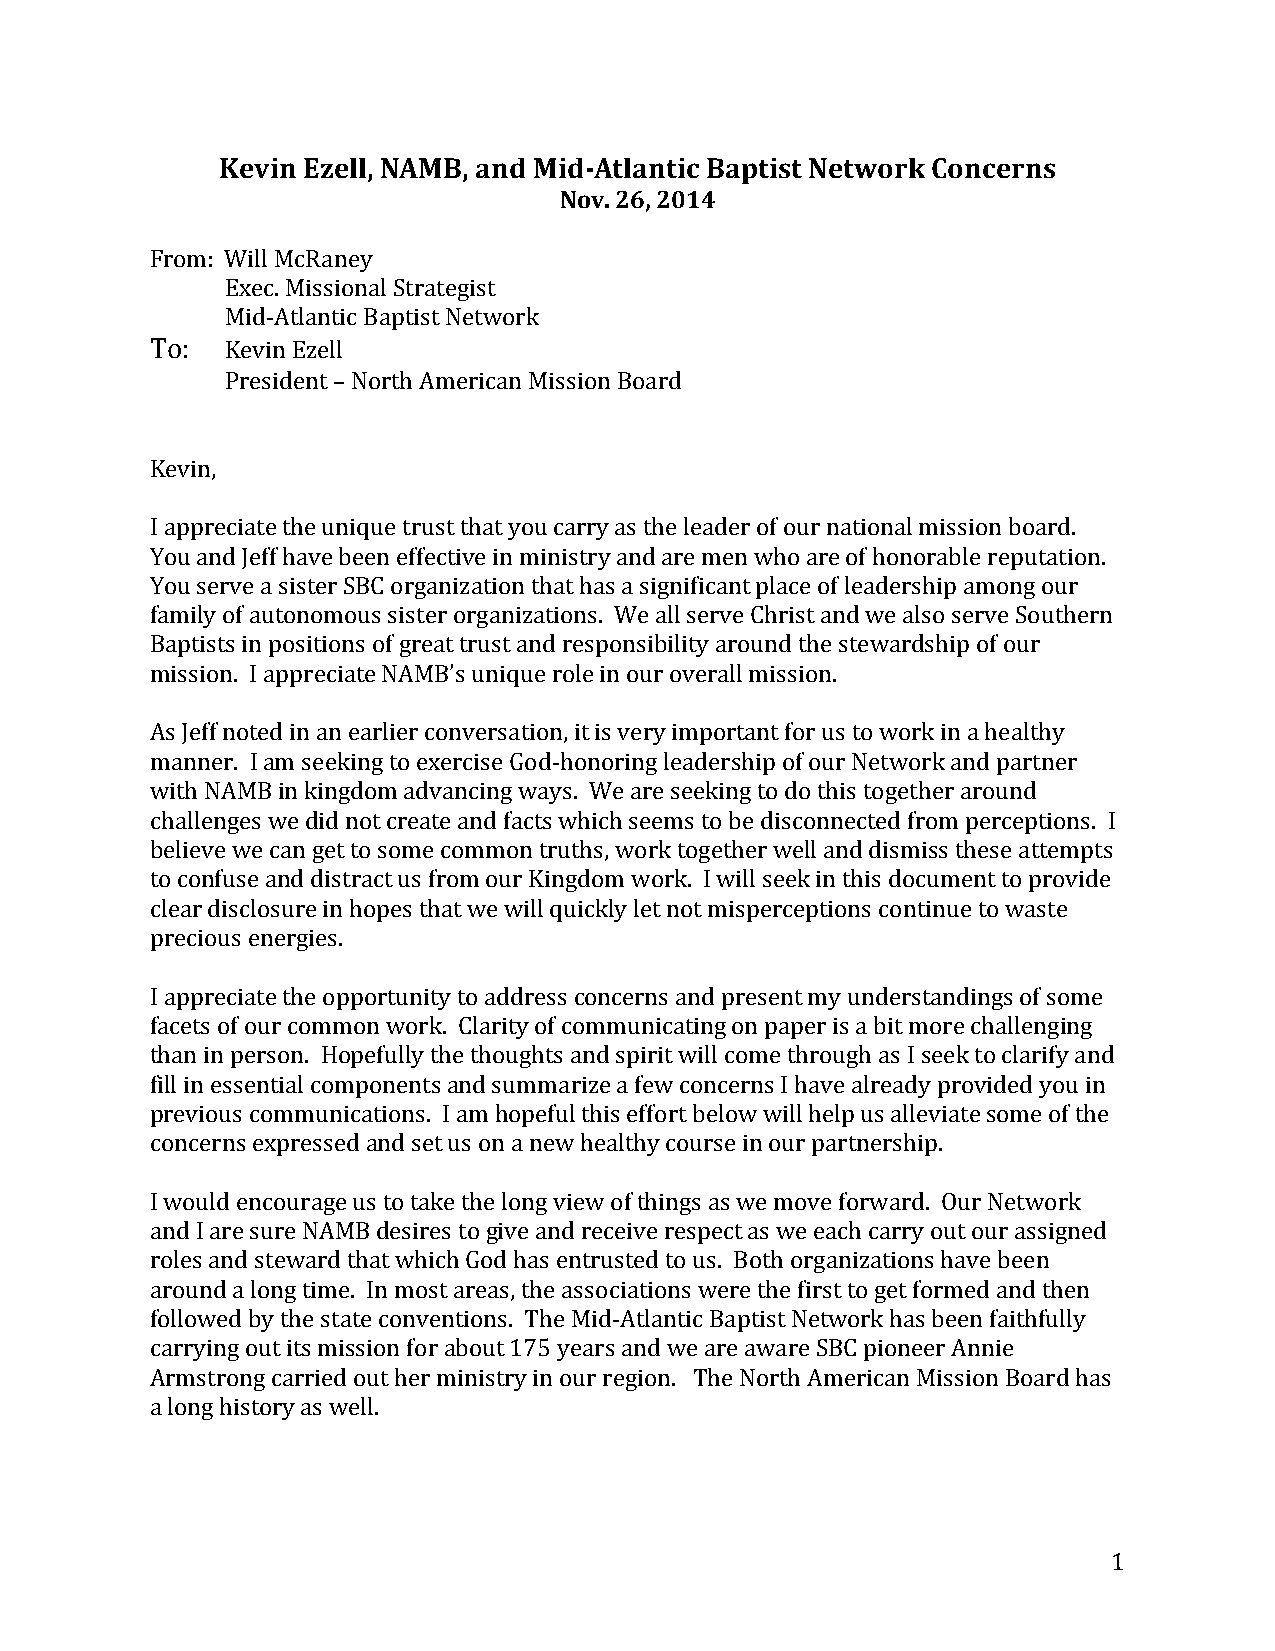
Kevin Ezell, NAMB, and Mid-­‐Atlantic Baptist Network Concerns
 Nov. 26, 2014
 From: Will McRaney
 Exec. Missional Strategist
 Mid-­‐Atlantic Baptist Network
 To:  Kevin Ezell
 President – North American Mission Board
 Kevin,
 I appreciate the unique trust that you carry as the leader of our national mission board.
 You and Jeff have been effective in ministry and are men who are of honorable reputation.
 You serve a sister SBC organization that has a significant place of leadership among our
 family of autonomous sister organizations. We all serve Christ and we also serve Southern
 Baptists in positions of great trust and responsibility around the stewardship of our
 mission. I appreciate NAMB’s unique role in our overall mission.
 As Jeff noted in an earlier conversation, it is very important for us to work in a healthy
 manner. I am seeking to exercise God-­‐honoring leadership of our Network and partner
 with NAMB in kingdom advancing ways. We are seeking to do this together around
 challenges we did not create and facts which seems to be disconnected from perceptions. I
 believe we can get to some common truths, work together well and dismiss these attempts
 to confuse and distract us from our Kingdom work. I will seek in this document to provide
 clear disclosure in hopes that we will quickly let not misperceptions continue to waste
 precious energies.
 I appreciate the opportunity to address concerns and present my understandings of some
 facets of our common work. Clarity of communicating on paper is a bit more challenging
 than in person. Hopefully the thoughts and spirit will come through as I seek to clarify and
 fill in essential components and summarize a few concerns I have already provided you in
 previous communications. I am hopeful this effort below will help us alleviate some of the
 concerns expressed and set us on a new healthy course in our partnership.
 I would encourage us to take the long view of things as we move forward. Our Network
 and I are sure NAMB desires to give and receive respect as we each carry out our assigned
 roles and steward that which God has entrusted to us. Both organizations have been
 around a long time. In most areas, the associations were the first to get formed and then
 followed by the state conventions. The Mid-­‐Atlantic Baptist Network has been faithfully
 carrying out its mission for about 175 years and we are aware SBC pioneer Annie
 Armstrong carried out her ministry in our region. The North American Mission Board has
 a long history as well.
 1